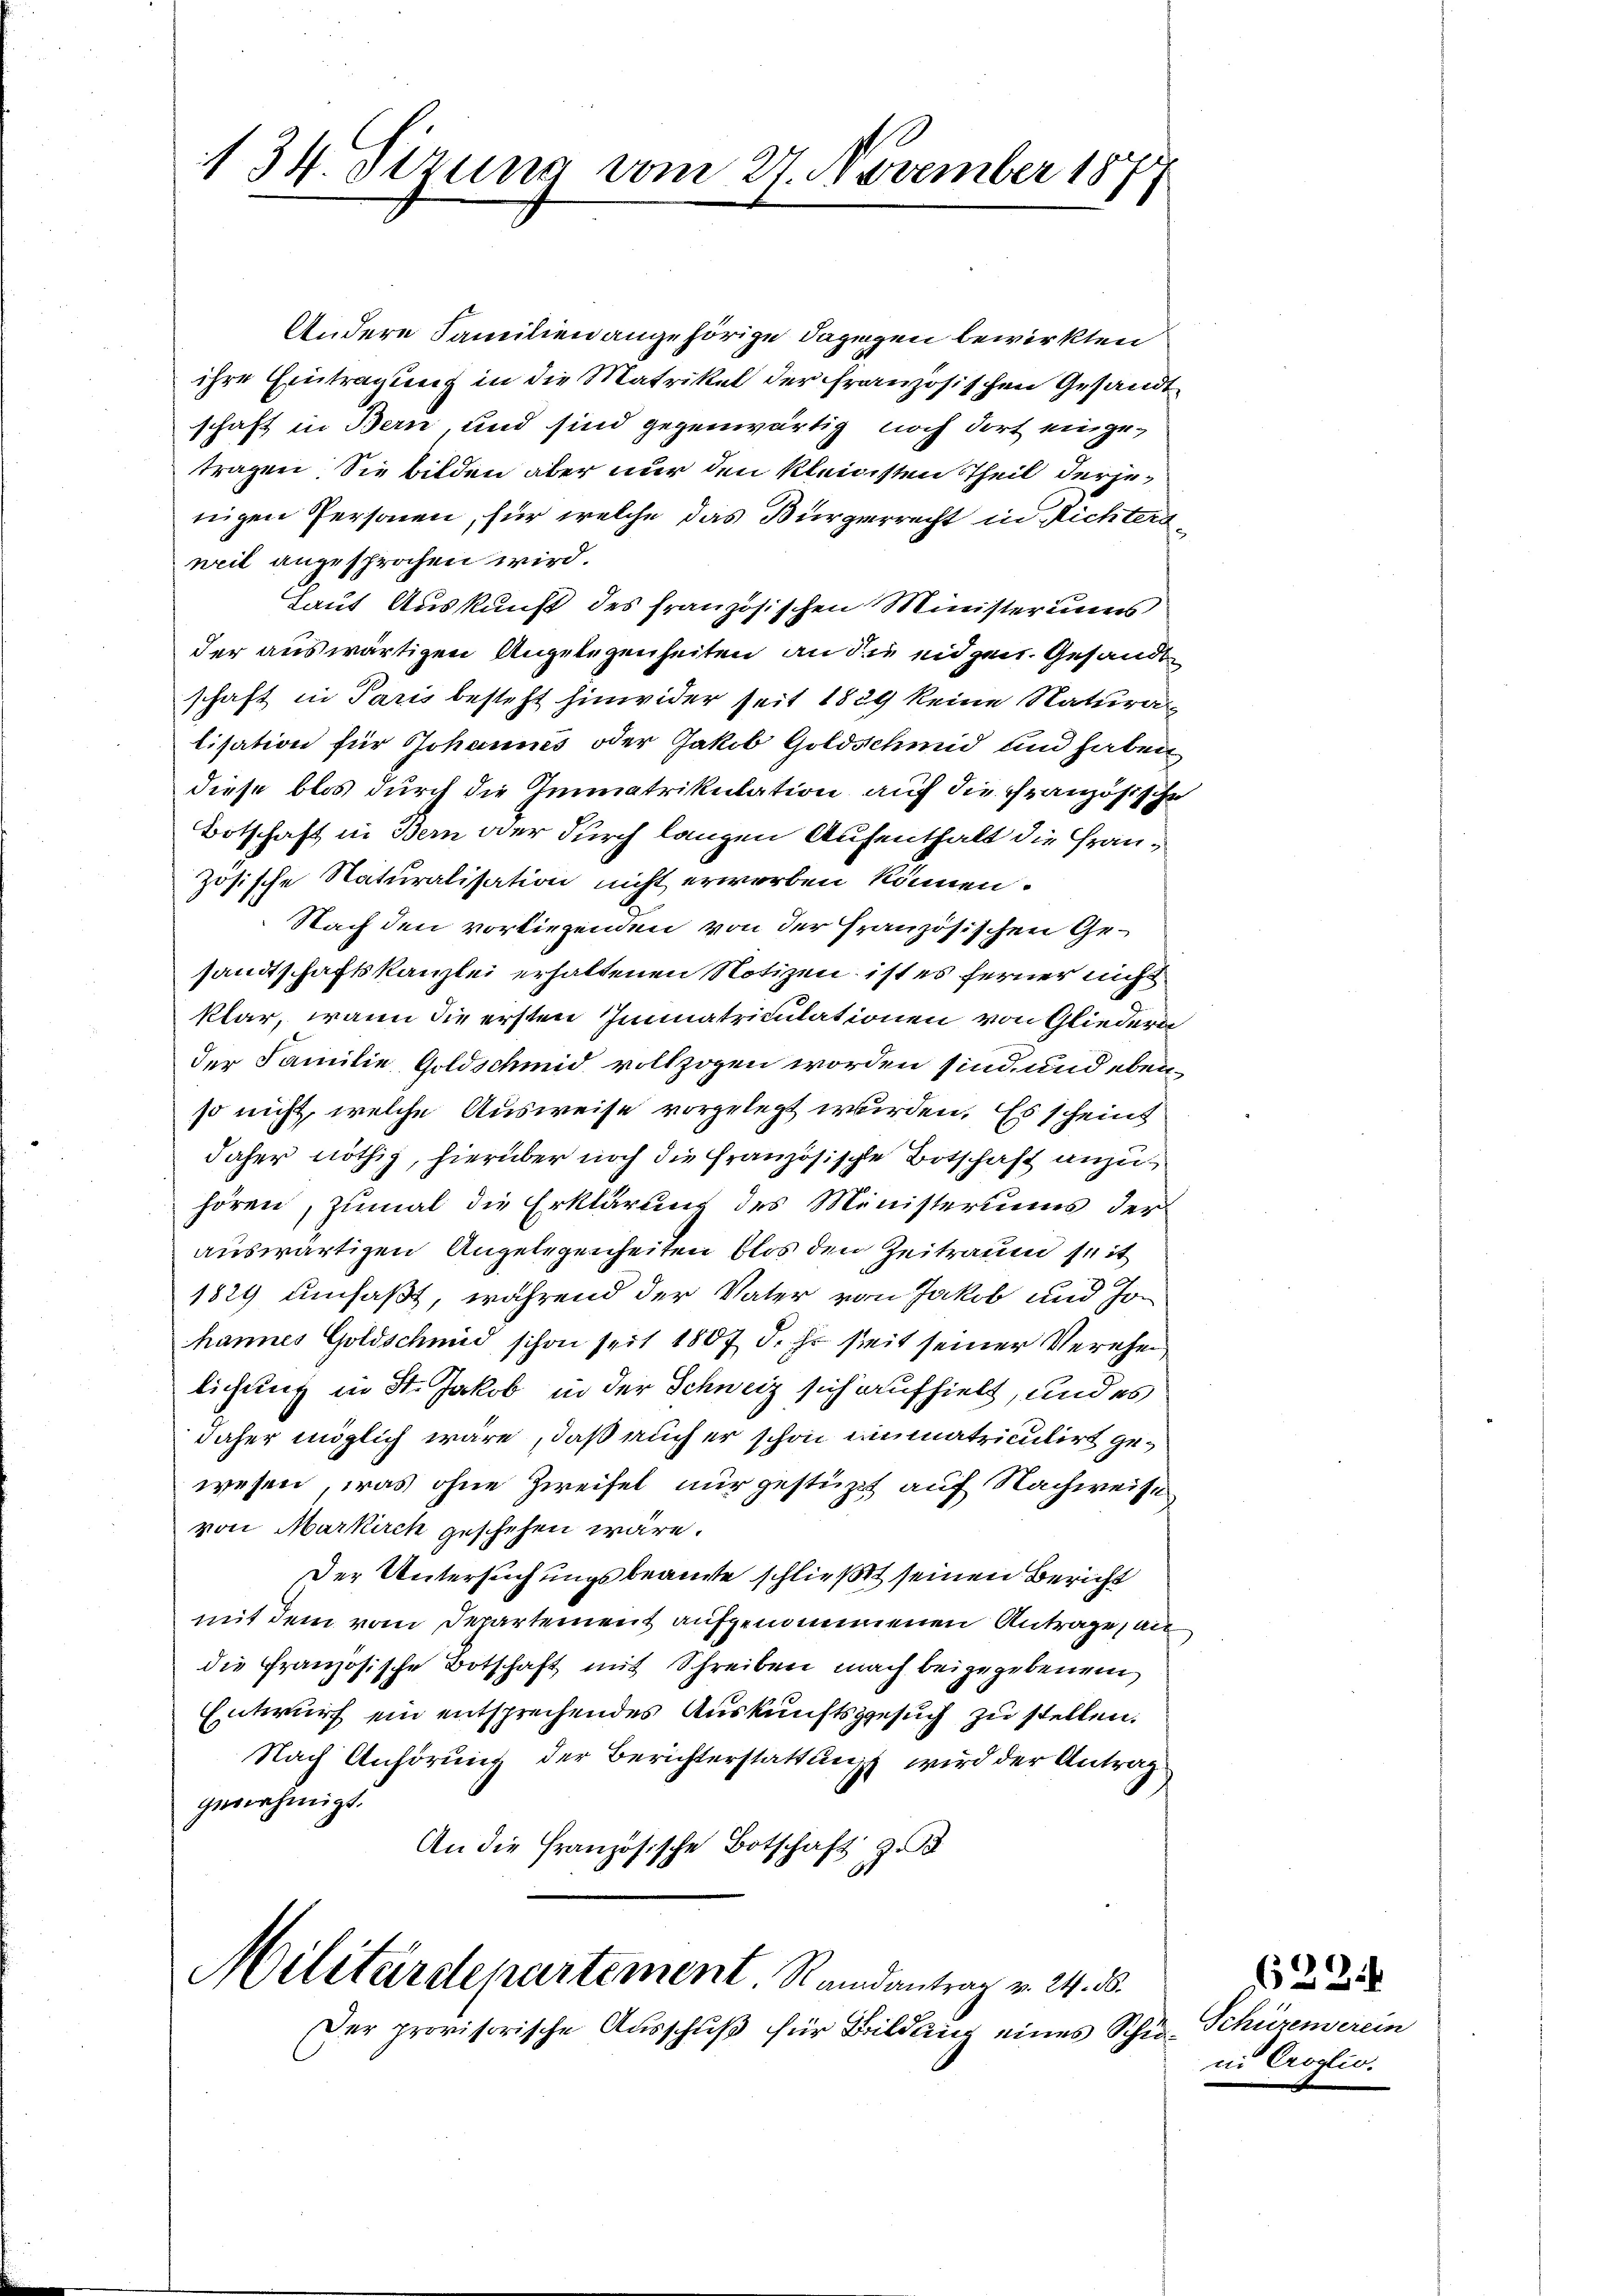
134 sizung vom 27. November 18
s

Andere Familien angehörige dagegen bewirkten
ihre Eintragung in die Matrikel der französischen Gesandt
schaft in Bern und sind gegenwärtig noch dort eingetragen. Sie bilden aber nur den kleinisten Theil derjeteigen Personen, für welche das Bürgerrecht in Richters
nril angesprochen wird.
Laut Auskunft des französischen Ministeriums
der auswärtigen Angelegenheiten an die eidgen. Gesandt
schaft in Paris besteht hinwider seit 1889 keine Natura
lisation für Johannes oder Jakob Goldschmid und haben
diese blos durch die Immatrikulation auf die französische
Botschaft in Bern oder durch langen Aufenthalt die Französische Naturalisation nicht erworben können.
Nach den vorliegenden von der Französischen Gesandtschaftskanzlei erhaltenen Notizen, ist es ferner nicht
klar, wenn die ersten Immatriculationen von Gliedern
der Familie Goldschmid vollzogen worden sind, und ebenso nicht, welche Ausweise vorgelegt wurden. Es schein
daher nöthig, hierüber noch die französische Botschaft anzuhören, zumal die Erklärung des Ministeriums der
auswärtigen Angelegenheiten blos den Zeitraum seit
1829 umfaßt, während der Vater von Jakob und Johannes Goldschmid schon seit 1807 d. h. seit seiner Verehen
lichung in St. Jakob in der Schweiz sich aufhielt, und es
daher möglich wäre, daß auch er schon immatriculirt gewesen, was ohne Zweifel nur gestützt auf Nachweise
von Markirch geschehen wäre.
Der Untersuchungsbeamte schließt seinen Bericht
mit dem vom Departement aufgenommenen Antrage, au
die Französische Botschaft mit Schreiben nach beigegebenem
Entwurf ein entsprechendes Auskunftsgesuch zu stellen.
Nach Anhörung der Berichterstattung wird der Antrag
genehmigt.
An die Französische Botschaft z.
Militärdepartement. Randantrag v. 24. 85.
Der provisorische Ausschuß für Bildlich eines Schu¬

6224
Schürenserein
i Croglio.